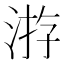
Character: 㳺